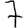
Digit: 7